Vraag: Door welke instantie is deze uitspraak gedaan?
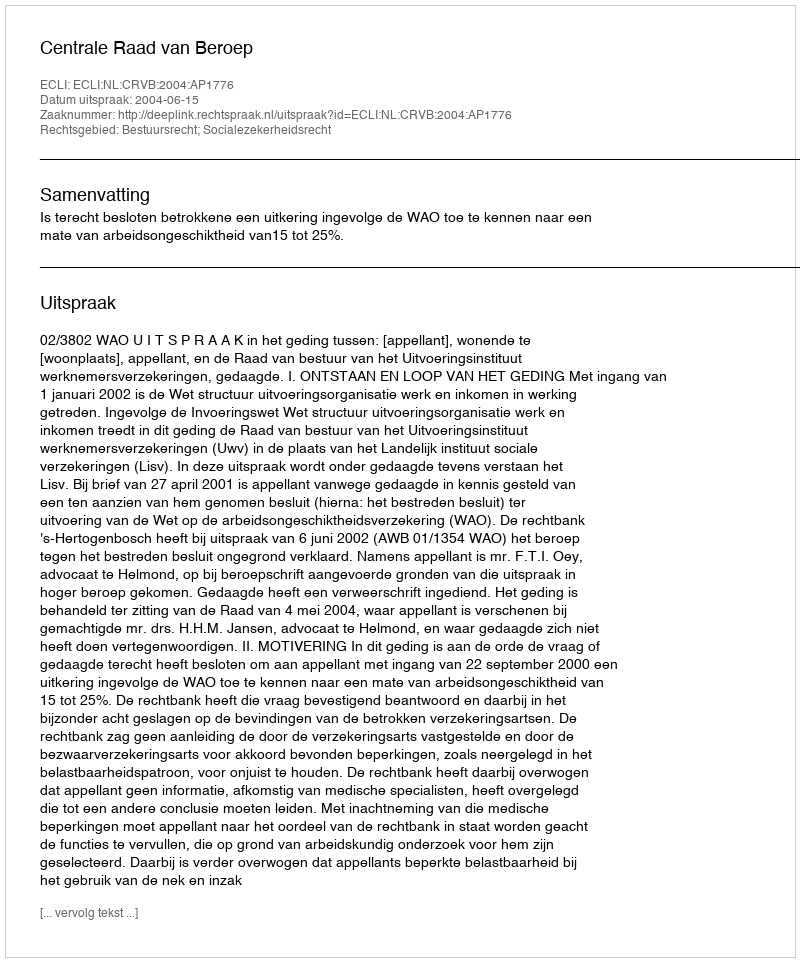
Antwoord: Centrale Raad van Beroep